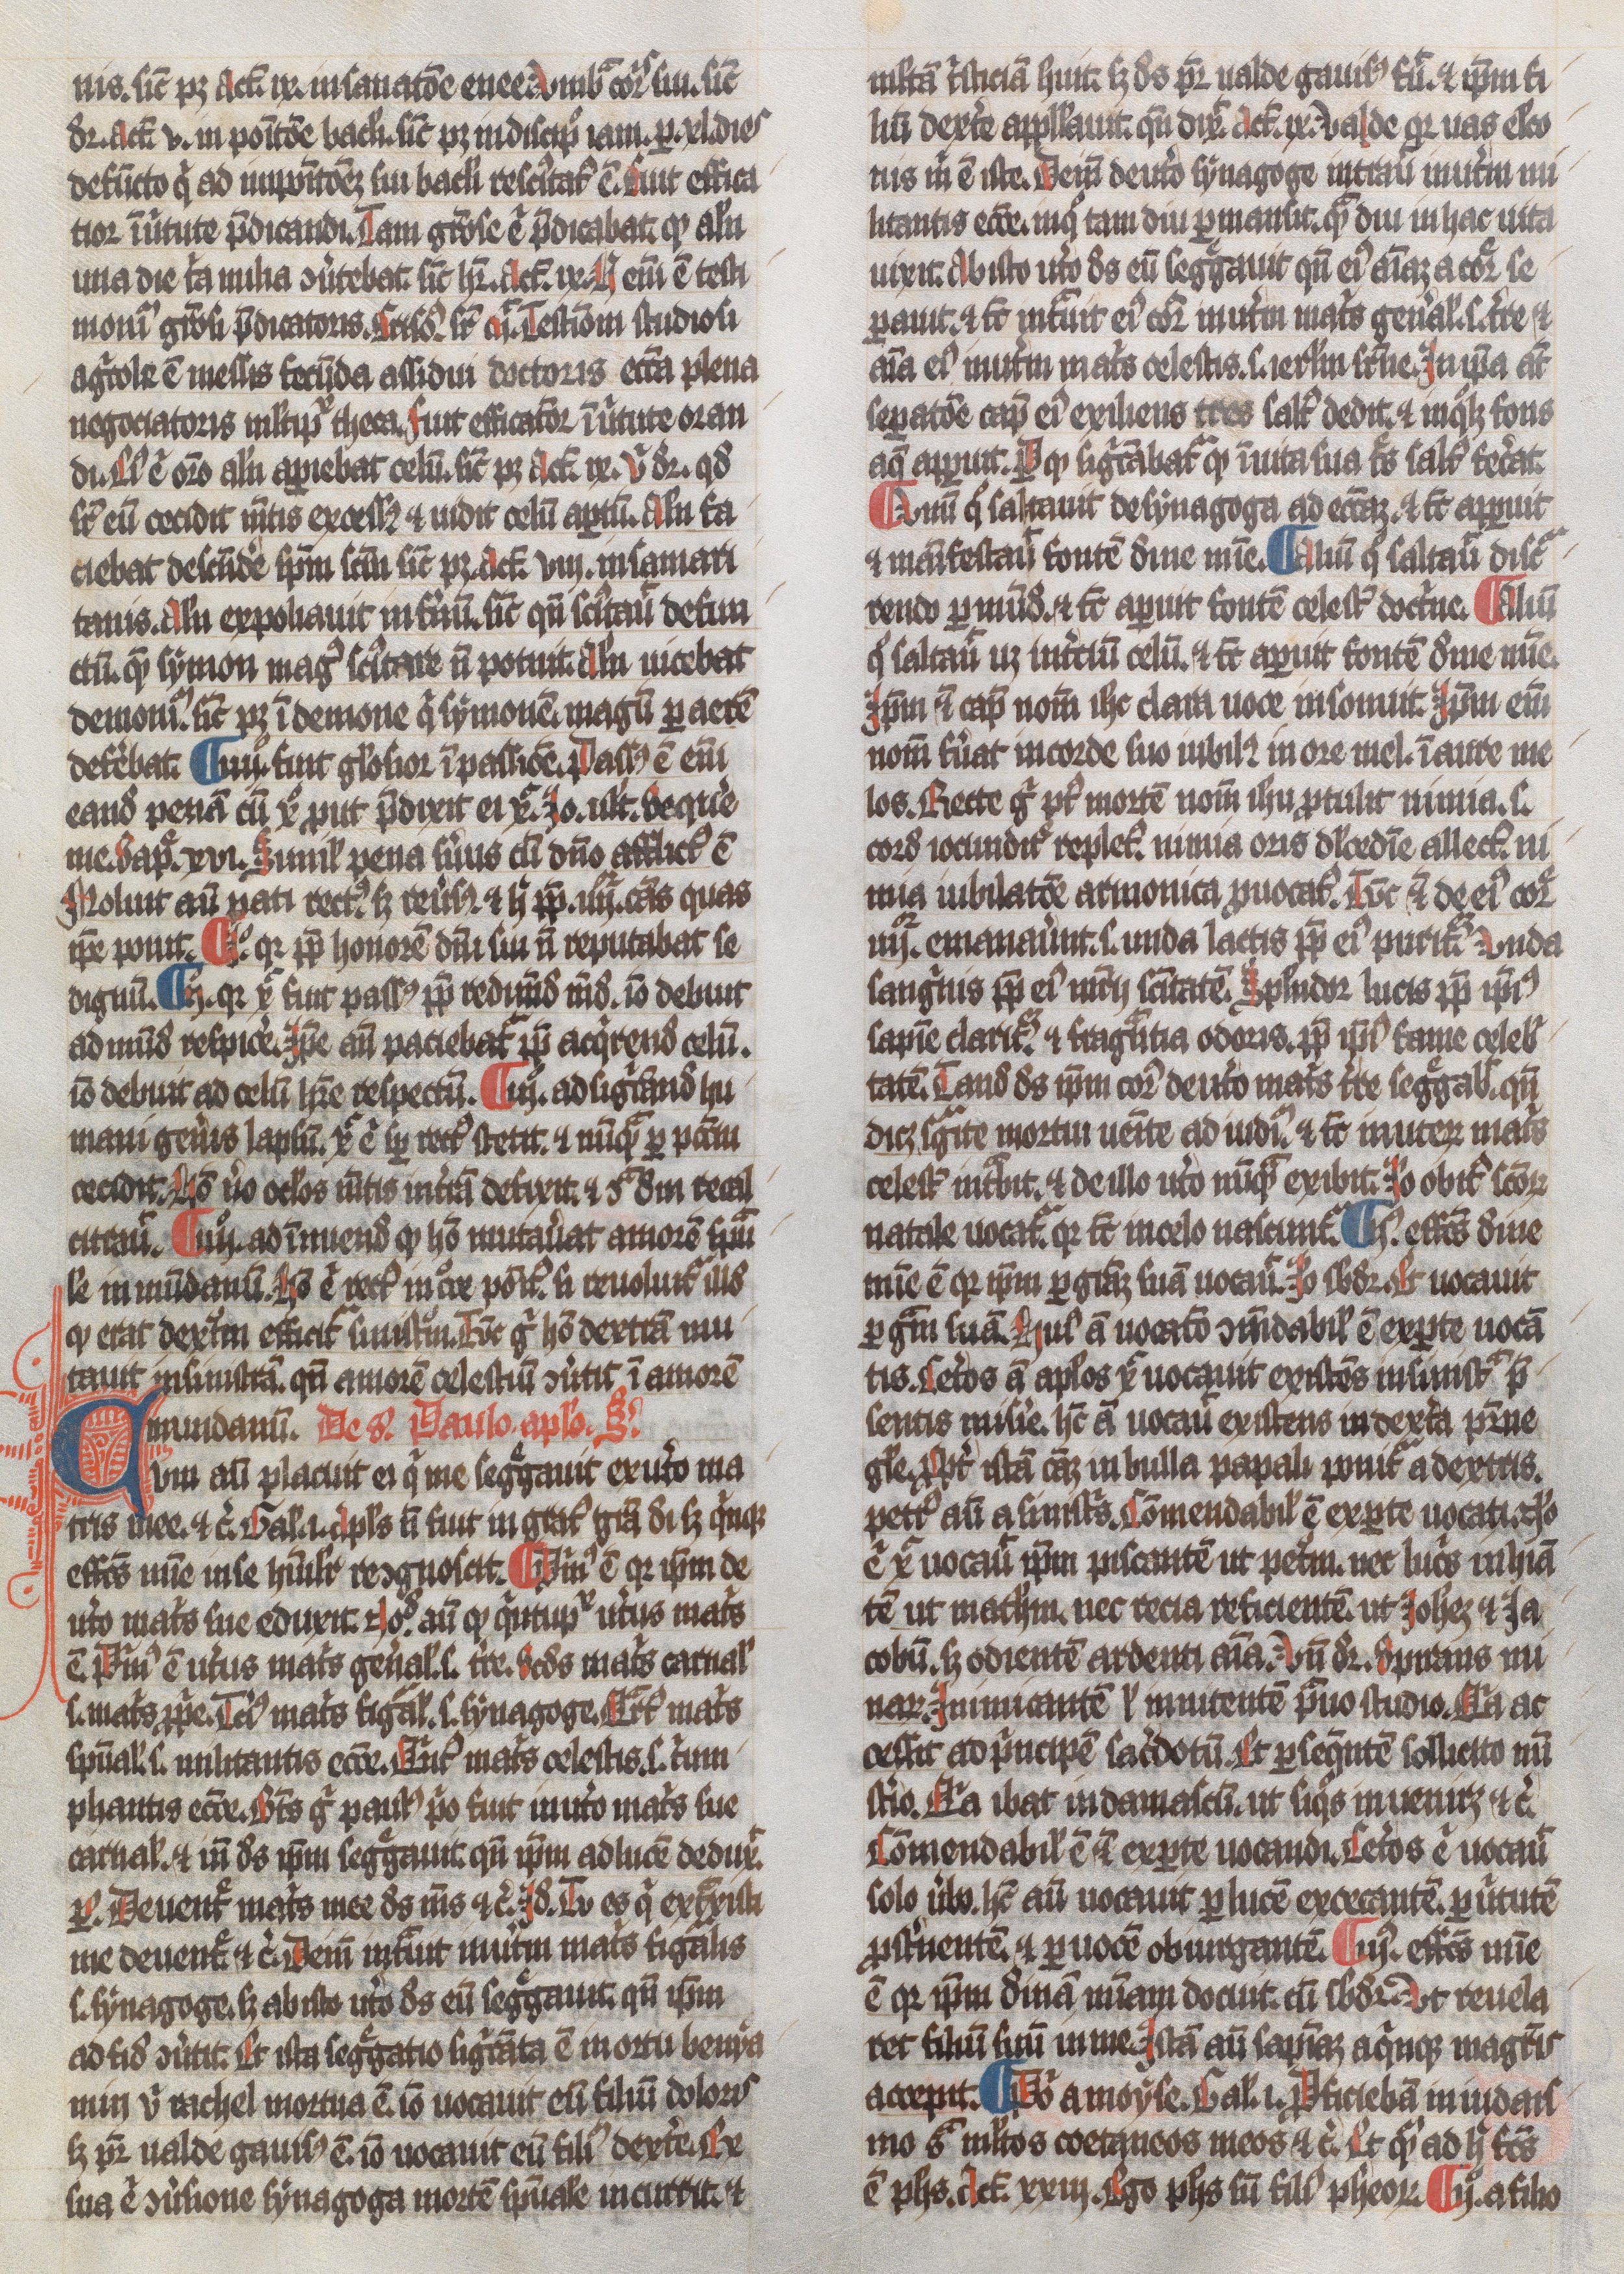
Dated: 1300–1349